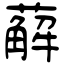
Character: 薢